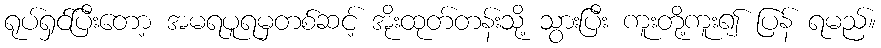
ရုပ်ရှင်ပြီးတော့ အမရပူရမှတစ်ဆင့် အိုးထုတ်တန်းသို့ သွားပြီး ကူးတို့ကူး၍ ပြန် ရမည်။